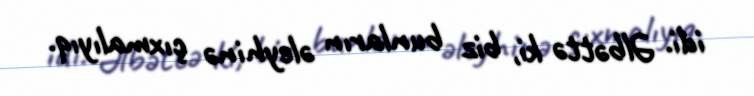
idi. Əlbəttə ki, biz bunların əleyhinə çıxmalıyıq.